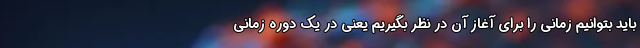
باید بتوانیم زمانی را برای آغاز آن در نظر بگیریم یعنی در یک دوره زمانی